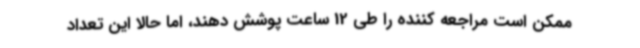
ممکن است مراجعه کننده را طی 12 ساعت پوشش دهند، اما حالا این تعداد